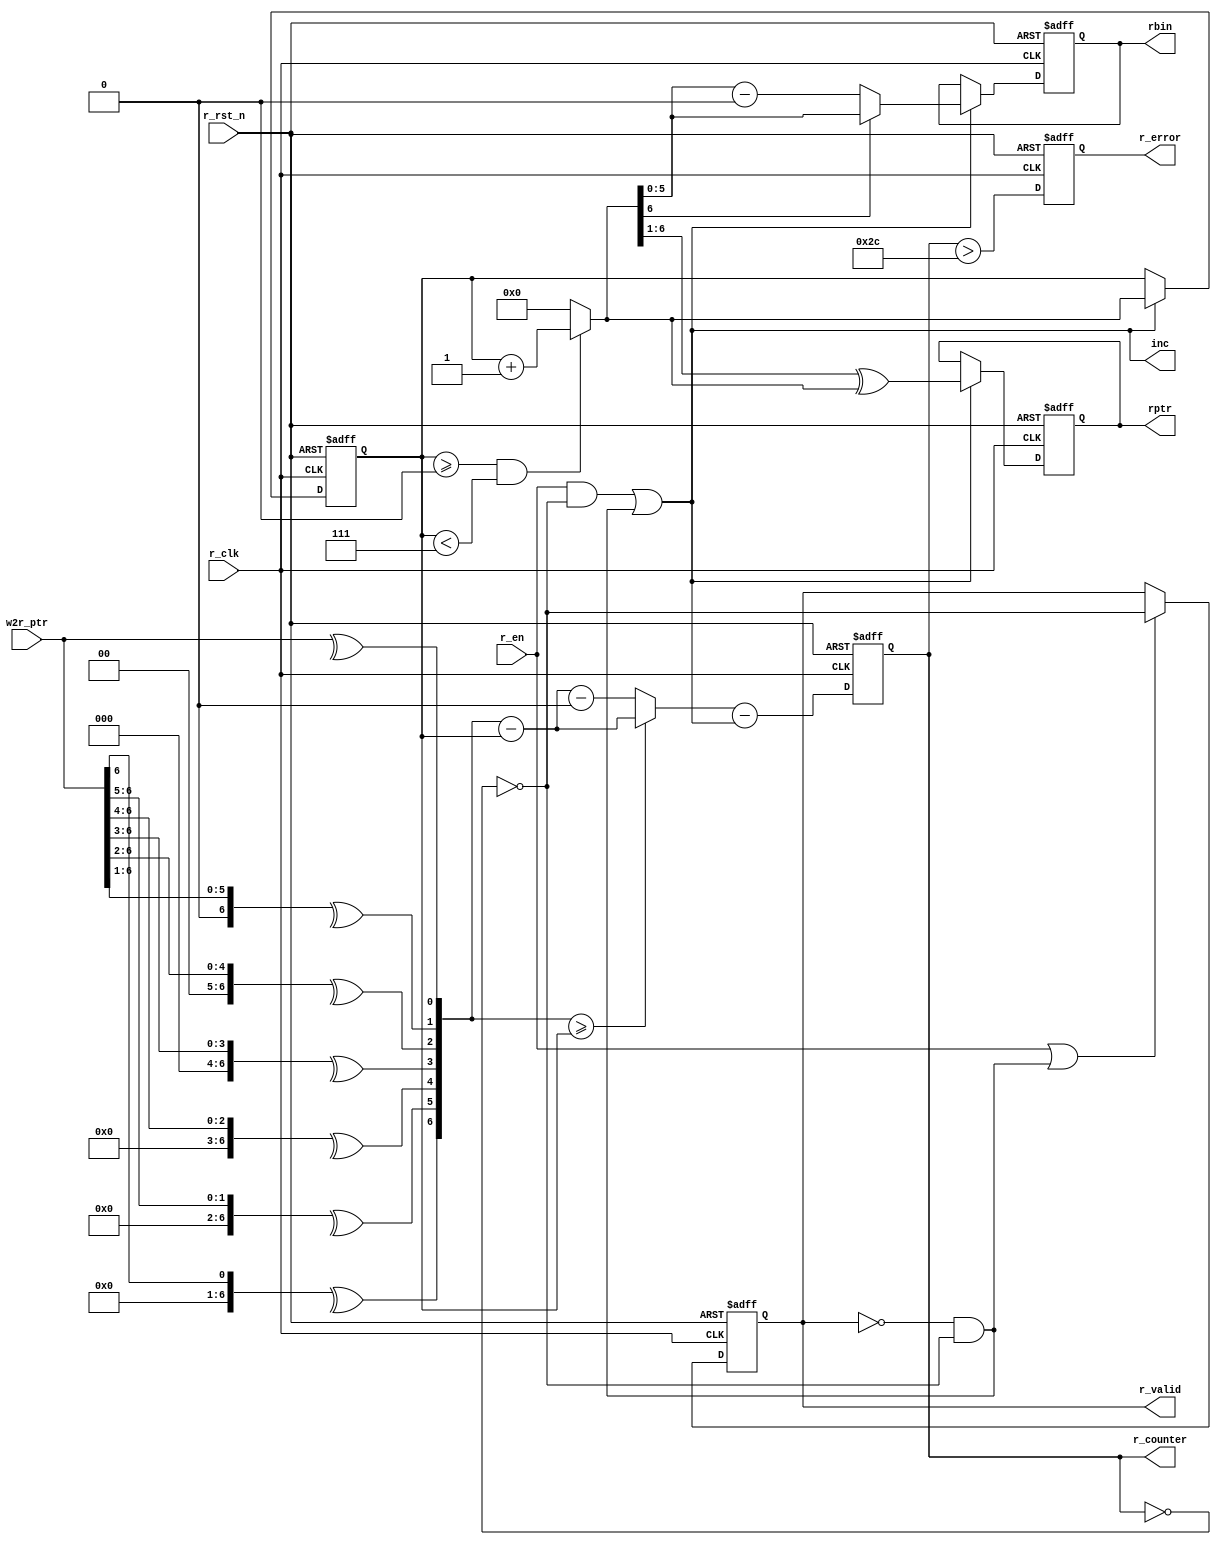
module asyn_fifo_read #(
    parameter                  FWFTEN    = 1,  
    parameter                  ADDRWIDTH = 6,
    parameter   [ADDRWIDTH:0]  FIFODEPTH = 44,
    parameter   [ADDRWIDTH:0]  MINBIN2   = 0,
    parameter   [ADDRWIDTH:0]  MAXBIN2   = 7
) (
    input  wire                    r_clk    ,
    input  wire                    r_rst_n  ,
    input  wire                    r_en     ,
    input  wire [ADDRWIDTH:0]      w2r_ptr  ,
    output reg  [ADDRWIDTH-1:0]    rbin     ,
    output reg  [ADDRWIDTH:0]      rptr     ,
    output                         inc      ,
    output reg                     r_valid  ,
    output reg  [ADDRWIDTH:0]      r_counter,
    output reg                     r_error
);
wire    zero = (r_counter == {(ADDRWIDTH+1){1'b0}} );
wire    fwft = FWFTEN ? (!r_valid && !zero) : 1'b0;
assign  inc  = (r_en && !zero) || fwft;
reg  [ADDRWIDTH:0]  rbin2;
wire [ADDRWIDTH:0]  rbnext = (rbin2>=MINBIN2 && rbin2<MAXBIN2) ?
                             (rbin2 + 1'b1) : MINBIN2;
always @(posedge r_clk or negedge r_rst_n)
    if (!r_rst_n)
        rbin2 <= MINBIN2;
    else if (inc)
        rbin2 <= rbnext;
always @(posedge r_clk or negedge r_rst_n)
    if (!r_rst_n)
        rbin <= {ADDRWIDTH{1'b0}};
    else if (inc)
        rbin <= rbnext[ADDRWIDTH] ? rbnext[ADDRWIDTH-1:0] :
                    (rbnext[ADDRWIDTH-1:0] - MINBIN2[ADDRWIDTH-1:0]);
wire [ADDRWIDTH:0]  rptr_gray = {1'b0,rbnext[ADDRWIDTH:1]} ^ rbnext;
always @(posedge r_clk or negedge r_rst_n)
    if (!r_rst_n)
        rptr <= (MINBIN2>>1) ^ MINBIN2;
    else if (inc)
        rptr <= rptr_gray;
reg [ADDRWIDTH:0] w2r_bin;
always @(w2r_ptr)
begin: GrayToBin
    integer i;
    for (i=ADDRWIDTH; i>=0; i=i-1)
        w2r_bin[i] = ^(w2r_ptr>>i);
end
wire [ADDRWIDTH:0] distance = ( (w2r_bin >= rbin2) ?
                                (w2r_bin  - rbin2) :
                                (w2r_bin  - rbin2 - (MINBIN2<<1) )
                              ) - inc;
always @(posedge r_clk or negedge r_rst_n)
    if (!r_rst_n)
        r_counter <= {(ADDRWIDTH+1){1'b0}};
    else
        r_counter <= distance;
always @(posedge r_clk or negedge r_rst_n)
    if (!r_rst_n)
        r_valid <= 1'b0;
    else if (r_en || fwft)
        r_valid <= !zero;
always @(posedge r_clk or negedge r_rst_n)
    if (!r_rst_n)
        r_error <= 1'b0;
    else
        r_error <= (r_counter > FIFODEPTH);
endmodule